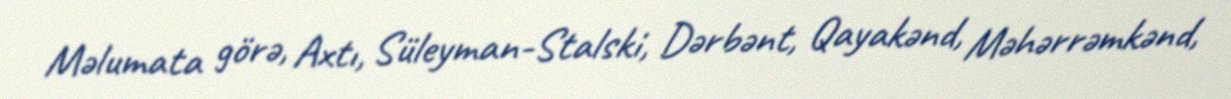
Məlumata görə, Axtı, Süleyman-Stalski, Dərbənt, Qayakənd, Məhərrəmkənd,